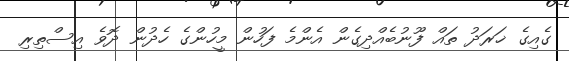
ގެއިގެ ޚަރަދު ތައް ފޫނުބެއްދިގެން އެންމެ ފަހުން މީހުންގެ ހެދުން ދޮވެ އިސްތިރި